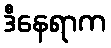
ဒီနေရာက